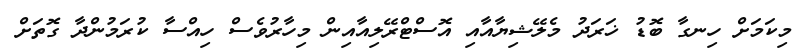
މިކަމަށް ހިނގާ ބޮޑު ޚަރަދު މެލޭޝިޔާއާއި އޮސްޓްރޭލިއާއިން މިހާރުވެސް ހިއްސާ ކުރަމުންދާ ގޮތަށް